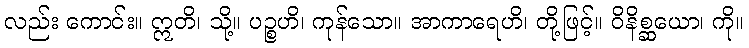
လည်း ကောင်း။ ဣတိ၊ သို့။ ပဉ္စဟိ၊ ကုန်သော။ အာကာရေဟိ၊ တို့ဖြင့်။ ဝိနိစ္ဆယော၊ ကို။